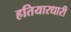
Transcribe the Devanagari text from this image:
हतियारधारी